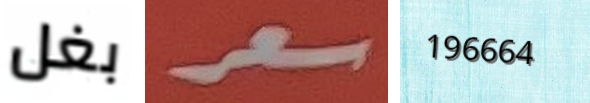
بغل سعر 196664